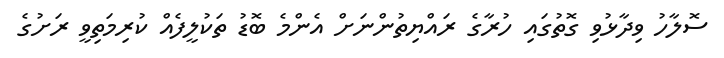
ސޮލާހު ވިދާޅުވި ގޮތުގައި ހުރާގެ ރައްޔިތުންނަށް އެންމެ ބޮޑު ތަކުލީފެއް ކުރިމަތިވީ ރަށުގެ